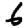
Digit: 6